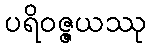
ပရိဝဇ္ဇယဿု